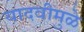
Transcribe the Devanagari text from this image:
यादवीमुळे